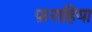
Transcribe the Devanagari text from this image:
फ़राहिया